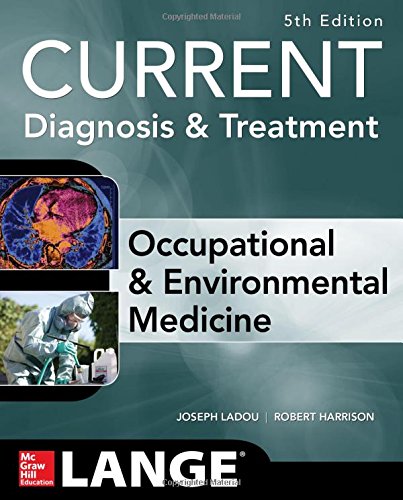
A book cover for CURRENT Occupational and Environmental Medicine 5/E; Joseph LaDou; Medical Books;